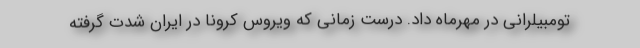
تومبیلرانی در مهرماه داد. درست زمانی که ویروس کرونا در ایران شدت گرفته